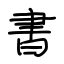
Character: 書